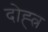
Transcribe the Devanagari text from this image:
दोह्त्र